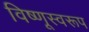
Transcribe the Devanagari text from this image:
विष्णूस्वरूप